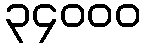
၃၄၀၀၀